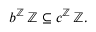
b ^ { \mathbb { Z } } \, \mathbb { Z } \subseteq c ^ { \mathbb { Z } } \, \mathbb { Z } .